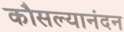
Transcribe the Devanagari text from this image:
कौसल्यानंदन